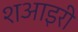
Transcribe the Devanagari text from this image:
शआइरी